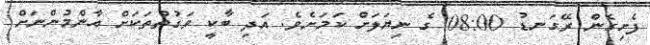
ފެށިގެން ރޭގަނޑު 08:00 ގެ ނިޔަލަށް ކަމަށެވެ. އަދި ބާކީ ވަގުތުތަކަށް އާންމުންނަށް